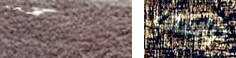
تحبهم دراسات